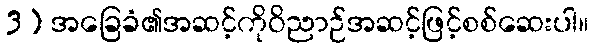
3) အခြေခံ၏အဆင့်ကိုဝိညာဉ်အဆင့်ဖြင့်စစ်ဆေးပါ။